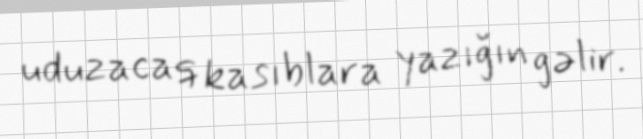
uduzacaq kasıblara yazığın gəlir.